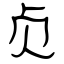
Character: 贞